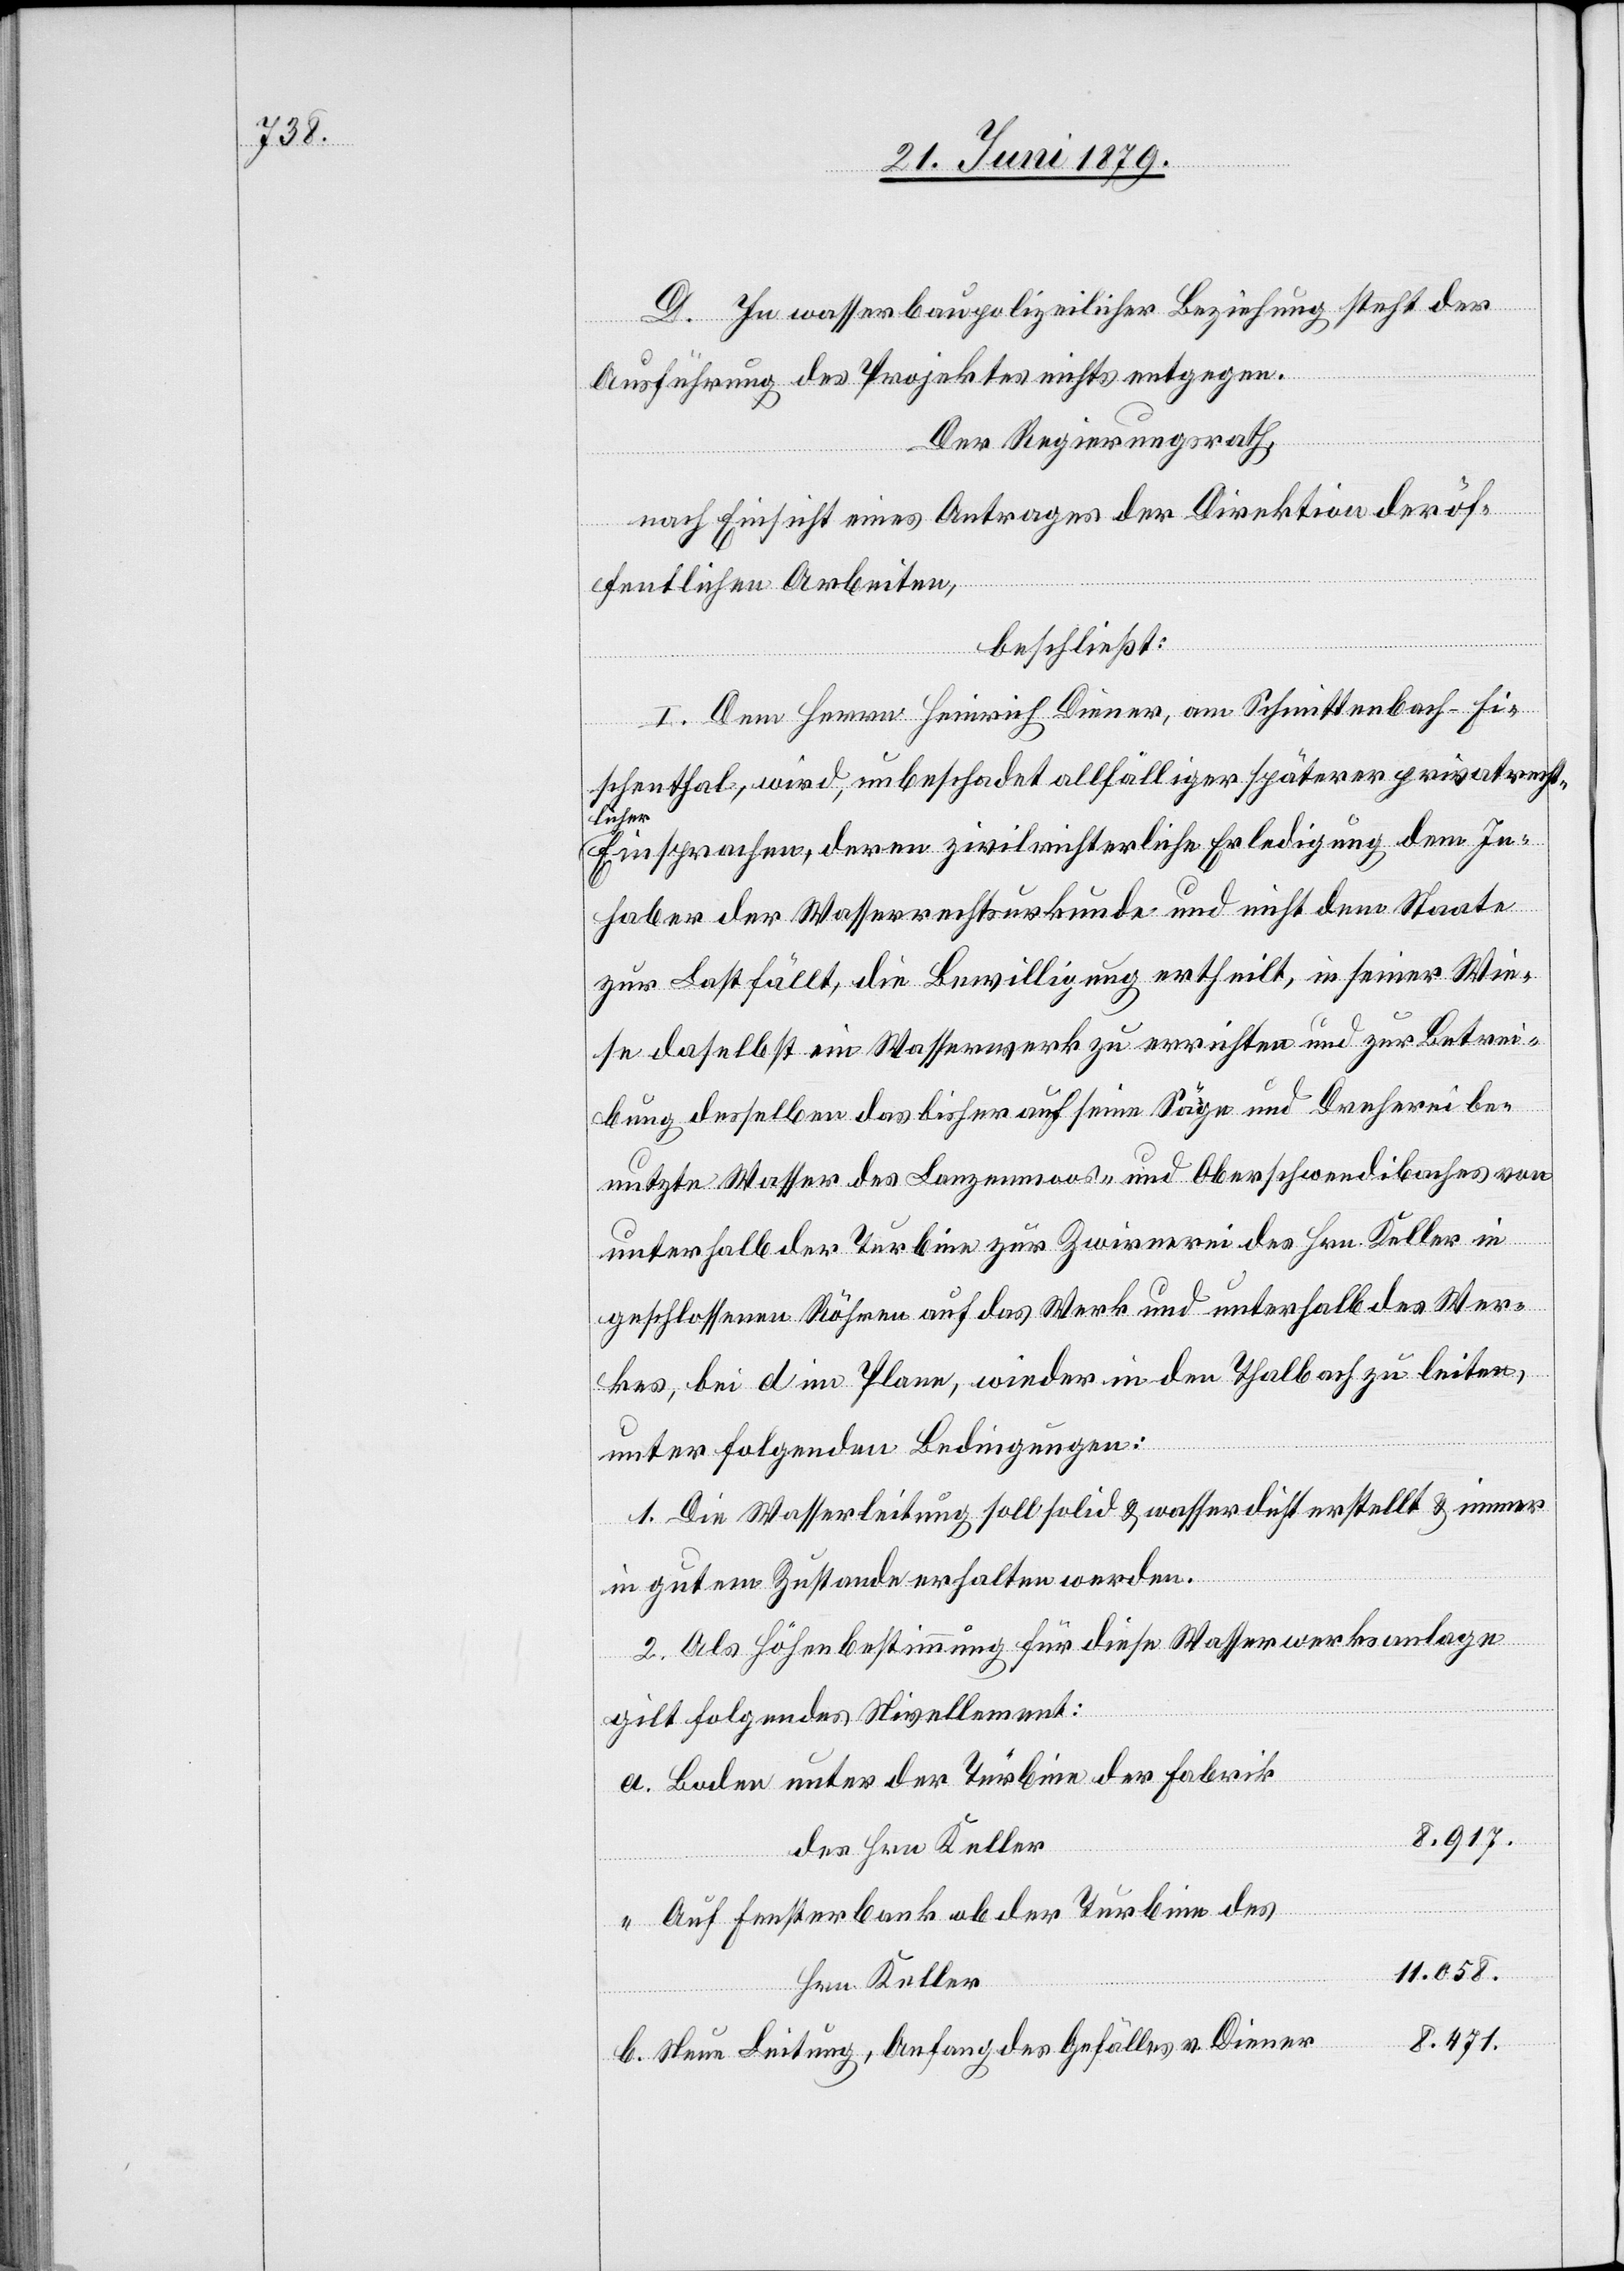
D. In wasserbaupolizeilicher Beziehung steht der
Ausführung des Projektes nichts entgegen.
Der Regierungsrath,
nach Einsicht eines Antrages der Direktion der öf¬
fentlichen Arbeiten,
beschließt:
I. Dem Herrn Heinrich Diener, am Schmittenbach - Fi¬
schenthal, wird, unbeschadet allfälliger späterer privatrecht¬
licher
Einsprachen, deren zivilrichterliche Erledigung dem In¬
haber der Wasserrechtsurkunde und nicht dem Staate
zur Last fällt, die Bewilligung ertheilt, in seiner Wie¬
se daselbst ein Wasserwerk zu errichten und zur Betrei¬
bung desselben das bisher auf seine Säge und Dreherei be¬
nutzte Wasser des Lanzenmoos- und Oberschwendibaches von
unterhalb der Turbine zur Zwirnerei des Hrn. Keller in
geschlossenen Röhren auf das Werk und unterhalb des Wer¬
kes, bei d im Plane, wieder in den Thalbach zu leiten,
unter folgenden Bedingungen:
1. Die Wasserleitung soll solid & wasserdicht erstellt & immer
in gutem Zustande erhalten werden.
2. Als Höhenbestimmung für diese Wasserwerksanlage
gilt folgendes Nivellement:
Boden unter der Turbine der Fabrik
8.917.
des Hrn. Keller
Auf Fensterbank ob der Turbine des
11.058.
Hrn. Keller
8.471.
Neue Leitung, Anfang des Gefälles v. Diener